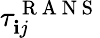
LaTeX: \tau_{\mathbf{i}j}^{\mathrm{{~R~A~N~S~}}}